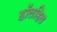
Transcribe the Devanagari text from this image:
हॉलहिल